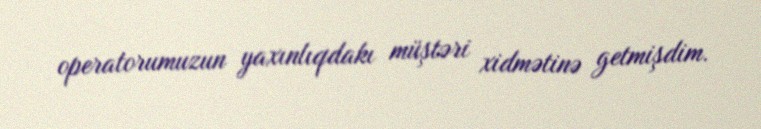
operatorumuzun yaxınlıqdakı müştəri xidmətinə getmişdim.